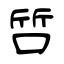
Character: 啠